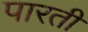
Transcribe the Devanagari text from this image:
पारती